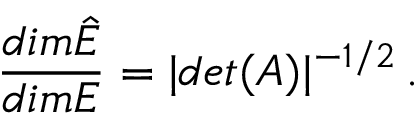
\frac { d i m \hat { E } } { d i m E } = | d e t ( A ) | ^ { - 1 / 2 } \, .